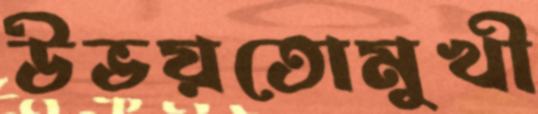
উভয়তোমুখী